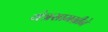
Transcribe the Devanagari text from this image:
यंत्रसामग्रीने